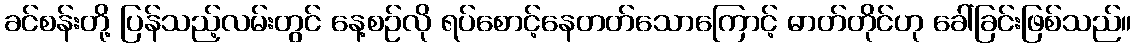
ခင်စန်းတို့ ပြန်သည့်လမ်းတွင် နေ့စဉ်လို ရပ်စောင့်နေတတ်သောကြောင့် ဓာတ်တိုင်ဟု ခေါ်ခြင်းဖြစ်သည်။